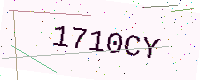
Text: 1710CY